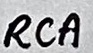
Text: RCA